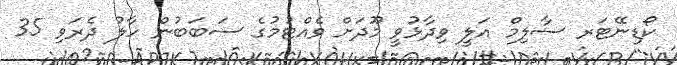
ކޯޑިނޭޓަރ ސާލިމް އަލީ ވިދާޅުވީ މޫދަށް ވެއްޓުމުގެ ސަބަބުން ހާލު ދެރަވި 35